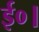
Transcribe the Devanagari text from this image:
ई०।